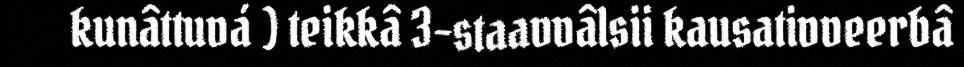
kunâttuvá ) teikkâ 3-staavvâlsii kausativveerbâ